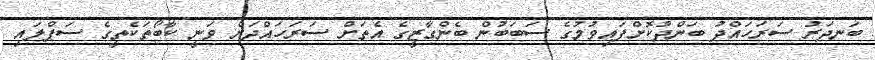
ބަނދަރު ސަރަހައްދު ބަންދުކޮށްފައިވުމުގެ ސަބަބުން ބެންގާޒީގެ އެތަށް ސަރަހައްދަށް ވަނީ ކާބޯތަކެތީގެ ސަޕްލައި